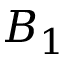
B _ { 1 }